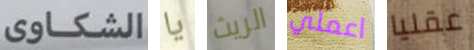
الشكاوي يا الريث اعملي عقليا